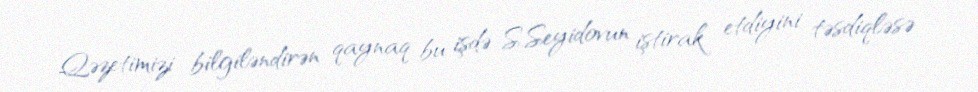
Qəzetimizi bilgiləndirən qaynaq bu işdə S.Seyidovun iştirak etdiyini təsdiqləsə